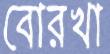
বোরখা